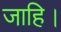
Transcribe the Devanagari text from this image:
जाहि।